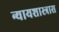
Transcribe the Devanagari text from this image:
न्यायशास्त्रास